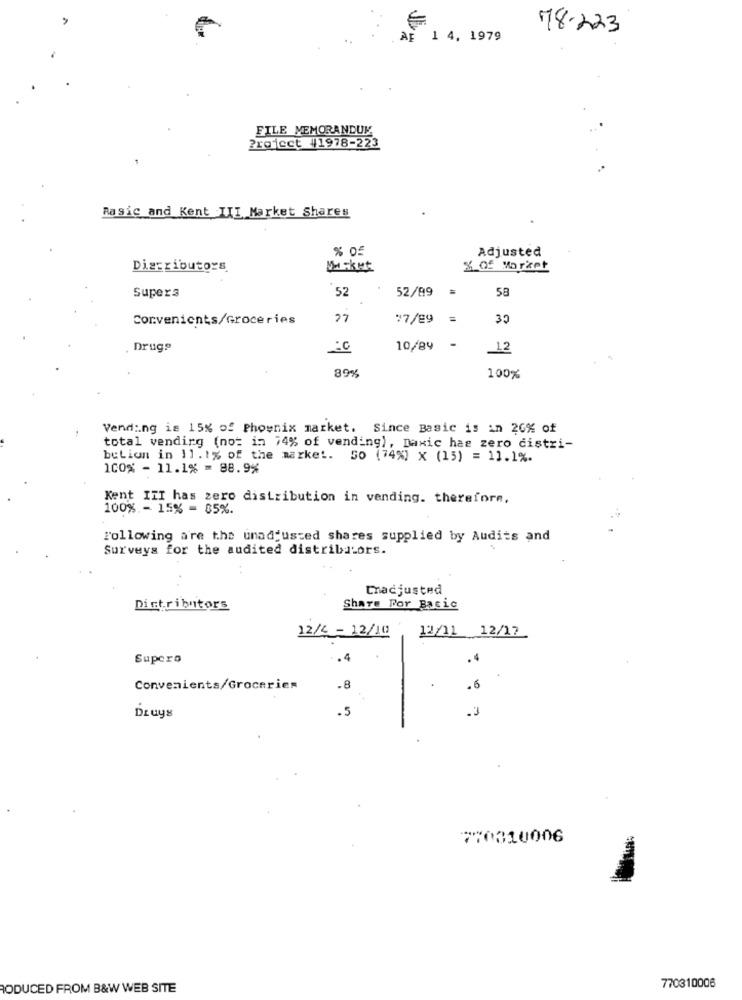
78.223
AF
1 4, 1979
FILE MEMORANDUM
Project #1978-223
Rasic and Kent III Market Shares
0
Adjusted
Distributors
% of Morket
52
52/89
58
Supers
Convenients/Groceries
27
77/89
39
. Druga
10/89
12
89%
100%
Vending is 15% of Phoenix market. Since Basic is in 20% of
total vending (not in 74% of vending), Daxic has zero distri-
buLion in 11.1% of the market. 50 (74%) X (15) = 11.1%.
100% - 11.1% = 88.9%
Kent III has zero distribution in vending. therefore,
100% - 15% = 85%.
Following a're the unadjusted shares supplied by Audits and
Surveys for the audited distributors.
Chadjusted
Distributors
Share Por Basic
12/4 - 12/10
12/11 12/17
Supero
.4
.4
Convenients/Groceries
.8
.5
Druys
770310006
RODUCED FROM B&W WEB SITE
770310006